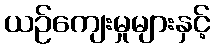
ယဉ်ကျေးမှုများနှင့်